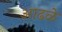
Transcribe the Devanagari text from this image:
आढळे